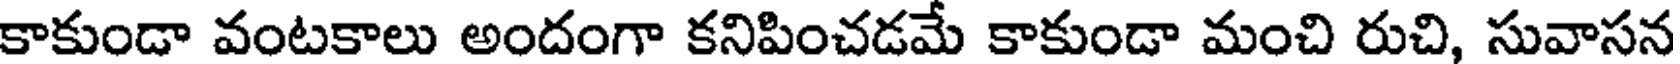
కాకుండా వంటకాలు అందంగా కనిపించడమే కాకుండా మంచి రుచి, సువాసన